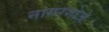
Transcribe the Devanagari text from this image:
नागरगोजे